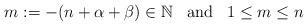
LaTeX: \begin{align*}m:=-(n+\alpha+\beta)\in {\mathbb N} \;\;\; {\rm and}\;\;\; 1\le m\le n \end{align*}